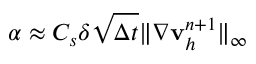
\alpha \approx C _ { s } \delta \sqrt { \Delta t } \| \nabla \mathbf v _ { h } ^ { n + 1 } \| _ { \infty }